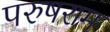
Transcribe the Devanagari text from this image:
परुषराम